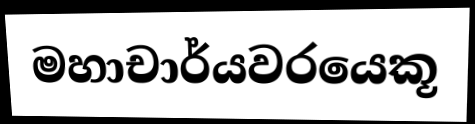
මහාචාර්යවරයෙකූ